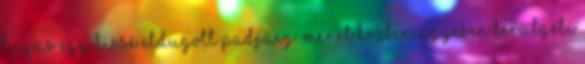
lugas egy kissé eldugott padjáig. Menet közben ügyesen kerülgeti